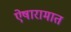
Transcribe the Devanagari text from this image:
ऐषारामात